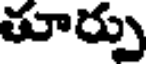
తూర్పు